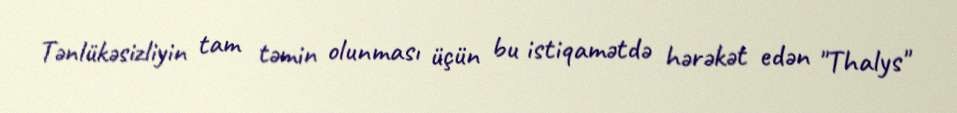
Tənlükəsizliyin tam təmin olunması üçün bu istiqamətdə hərəkət edən "Thalys"